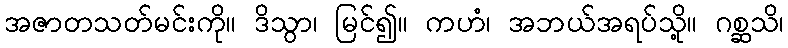
အဇာတသတ်မင်းကို။ ဒိသွာ၊ မြင်၍။ ကဟံ၊ အဘယ်အရပ်သို့။ ဂစ္ဆသိ၊